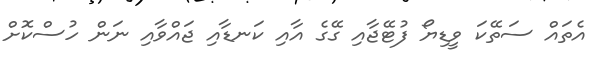
އެތައް ސަތޭކަ ވީޑިޔޯ ފުޓޭޖާއި ގޭގެ އާއި ކަނޑާއި ޖައްވާއި ނަން ހުސްކޮށް